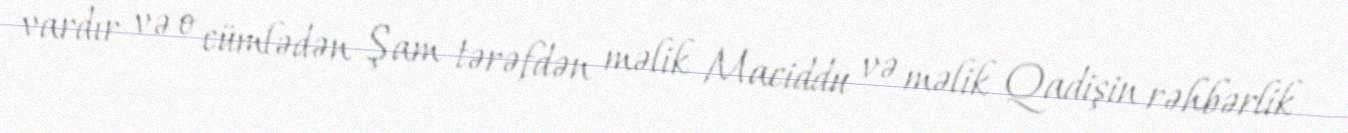
vardır və o cümlədən Şam tərəfdən məlik Maciddu və məlik Qadişin rəhbərlik